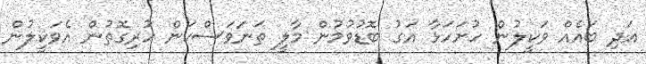
އަދި ބައެއް ވަކީލުން ހުށަހަޅާ އަގު ބޮޑުވުމުން މާލީ ތަނަވަސްކަން ހުރިގޮތުން އެވަކީލުން